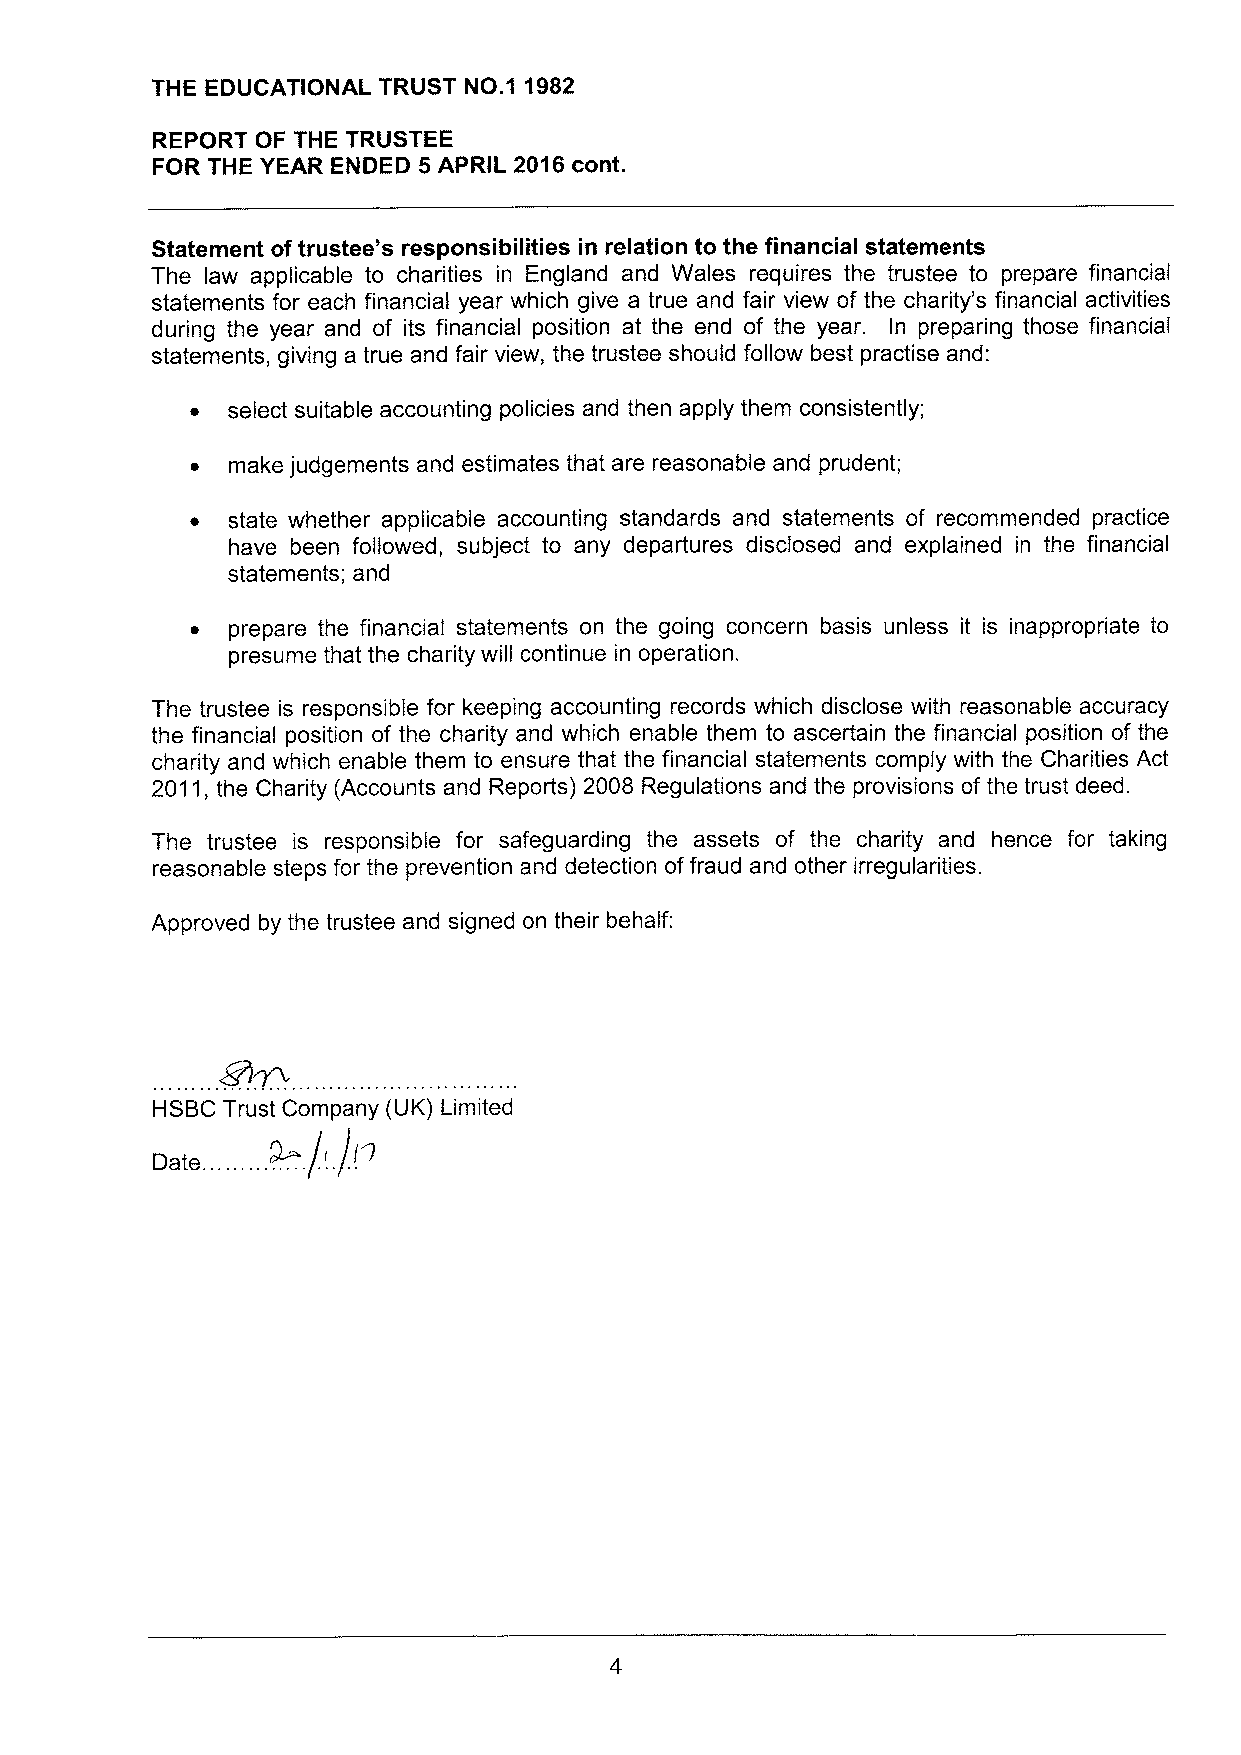
THE EDUCATIONAL TRUST NO.1 1982
 REPORT OF THE TRUSTEE
 FOR THE YEAR ENDED 5 APRIL 2016 cont.
 Statement oftrustee"s responsibilities in relation to the financial statements
 The law applicable to charities in England and Wales requires the trustee to prepare financial
 statements for each financial year which give a true and fair view of the charity's financial activities
 during the year and of its financial position at the end of the year. In preparing those financial
 statements, giving a true and fair view, the trustee should follow best practise and:
 ~ select suitable accounting policies and then apply them consistently;
 ~ make judgements and estimates that are reasonable and prudent;
 ~ state whether applicable accounting standards and statements of recommended practice
 have been followed, subject to any departures disclosed and explained in the financial
 statements; and
 ~ prepare the financial statements on the going concern basis unless it is inappropriate to
 presume that the charity will continue in operation.
 The trustee is responsible for keeping accounting records which disclose with reasonable accuracy
 the financial position of the charity and which enable them to ascertain the financial position of the
 charity and which enable them to ensure that the financial statements comply with the Charities Act
 2011,the Charity (Accounts and Reports) 2008 Regulations and the provisions ofthe trust deed.
 The trustee is responsible for safeguarding the assets of the charity and hence for taking
 reasonable steps for the prevention and detection offraud and other irregularities.
 Approved by the trustee and signed on their behalf:
 HSBC Trust Company (UK) Limited
 Date